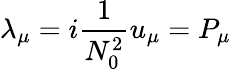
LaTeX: \lambda_{\mu}=i\frac{1}{N_{0}^{2}}u_{\mu}=P_{\mu}